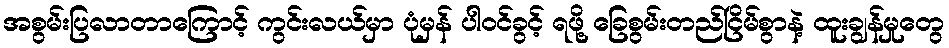
အစွမ်းပြလာတာကြောင့် ကွင်းလယ်မှာ ပုံမှန် ပါဝင်ခွင့် ရဖို့ ခြေစွမ်းတည်ငြိမ်စွာနဲ့ ထူးချွန်မှုတွေ